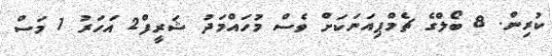
ކުރިން. 8 ބޯލްގެ ޗެމްޕިއަނަކަށް ވެސް މުހައްމަދު ޝަރީފް2 އަހަރު 1 މަސް